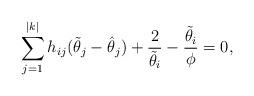
LaTeX: \begin{align*}\sum_{j=1}^{|k|} h_{ij} (\tilde{\theta}_j - \hat{\theta}_j) + \frac{2}{\tilde{\theta}_i} - \frac{\tilde{\theta}_i}{\phi}=0,\end{align*}